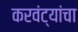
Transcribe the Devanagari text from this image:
करवंट्यांचा